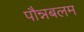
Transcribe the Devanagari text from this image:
पौन्नबलम